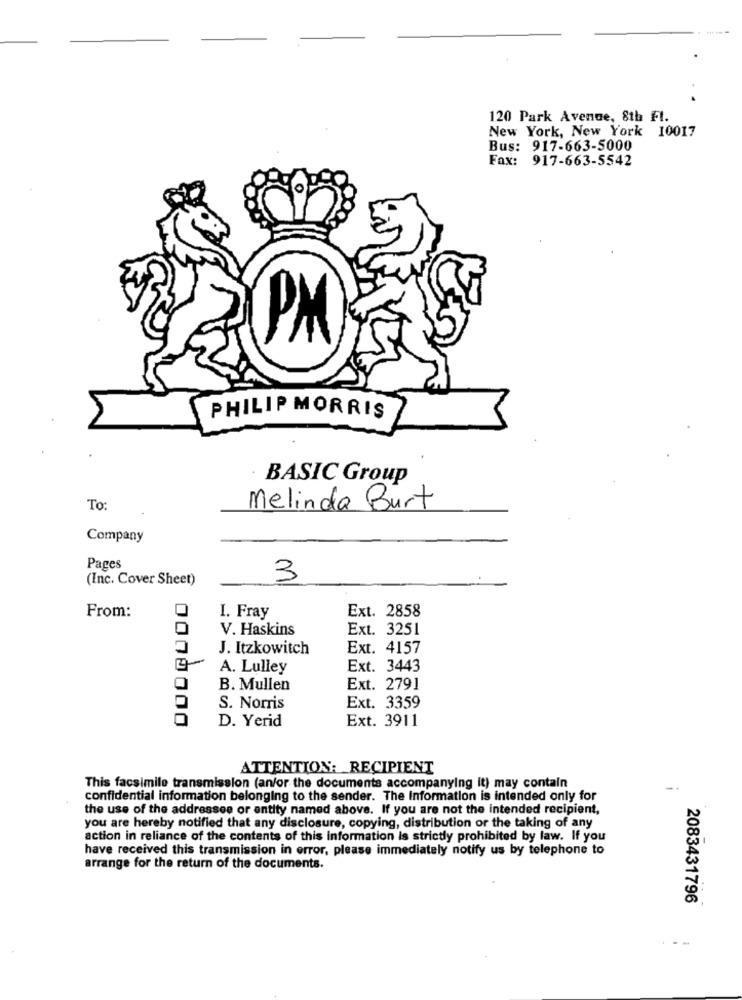
120 Park Avenue, 8th Ft.
New York, New York 10017
Bus: 917-663-5000
Fax: 917-663-5542
PM
PHILIP MORRIS
BASIC Group
To:
Melinda Burt
Company
Pages
(Inc. Cover Sheet)
3
Ext. 2858
From:
I. Fray
V. Haskins
Ext. 3251
J. Itzkowitch
Ext. 4157
A. Lulley
Ext. 3443
B. Mullen
Ext. 2791
S. Norris
Ext. 3359
D. Yerid
Ext. 3911
0000000
ATTENTION: RECIPIENT
This facsimile transmission (an/or the documents accompanying it) may contain
confidential information belonging to the sender. The Information is intended only for
the use of the addressee or entity named above. If you are not the intended recipient,
you are hereby notified that any disclosure, copying, distribution or the taking of any
action in reliance of the contents of this information is strictly prohibited by law. If you
have received this transmission in error, please immediately notify us by telephone to
arrange for the return of the documents.
2083431796